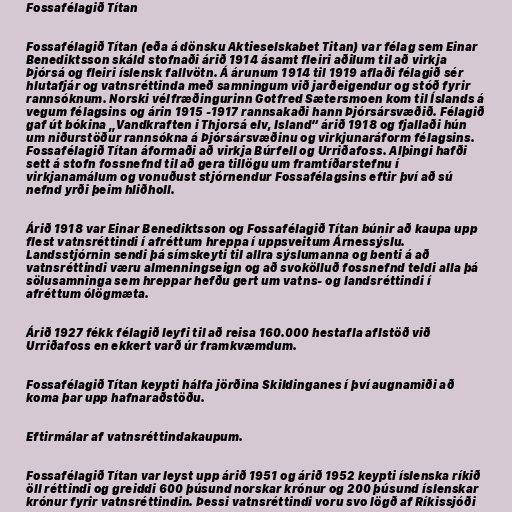
Fossafélagið Títan

Fossafélagið Títan (eða á dönsku Aktieselskabet Titan) var félag sem Einar
Benediktsson skáld stofnaði árið 1914 ásamt fleiri aðilum til að virkja
Þjórsá og fleiri íslensk fallvötn. Á árunum 1914 til 1919 aflaði félagið sér
hlutafjár og vatnsréttinda með samningum við jarðeigendur og stóð fyrir
rannsóknum. Norski vélfræðingurinn Gotfred Sætersmoen kom til Íslands á
vegum félagsins og árin 1915 -1917 rannsakaði hann Þjórsársvæðið. Félagið
gaf út bókina „Vandkraften i Thjorsá elv, Island“ árið 1918 og fjallaði hún
um niðurstöður rannsókna á Þjórsársvæðinu og virkjunaráform félagsins.
Fossafélagið Títan áformaði að virkja Búrfell og Urriðafoss. Alþingi hafði
sett á stofn fossnefnd til að gera tillögu um framtíðarstefnu í
virkjanamálum og vonuðust stjórnendur Fossafélagsins eftir því að sú
nefnd yrði þeim hliðholl.

Árið 1918 var Einar Benediktsson og Fossafélagið Títan búnir að kaupa upp
flest vatnsréttindi í afréttum hreppa í uppsveitum Árnessýslu.
Landsstjórnin sendi þá símskeyti til allra sýslumanna og benti á að
vatnsréttindi væru almenningseign og að svokölluð fossnefnd teldi alla þá
sölusamninga sem hreppar hefðu gert um vatns- og landsréttindi í
afréttum ólögmæta.

Árið 1927 fékk félagið leyfi til að reisa 160.000 hestafla aflstöð við
Urriðafoss en ekkert varð úr framkvæmdum.

Fossafélagið Títan keypti hálfa jörðina Skildinganes í því augnamiði að
koma þar upp hafnaraðstöðu.

Eftirmálar af vatnsréttindakaupum.

Fossafélagið Títan var leyst upp árið 1951 og árið 1952 keypti íslenska ríkið
öll réttindi og greiddi 600 þúsund norskar krónur og 200 þúsund íslenskar
krónur fyrir vatnsréttindin. Þessi vatnsréttindi voru svo lögð af Ríkissjóði